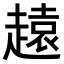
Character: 𧽚